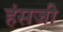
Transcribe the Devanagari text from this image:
हंसजी